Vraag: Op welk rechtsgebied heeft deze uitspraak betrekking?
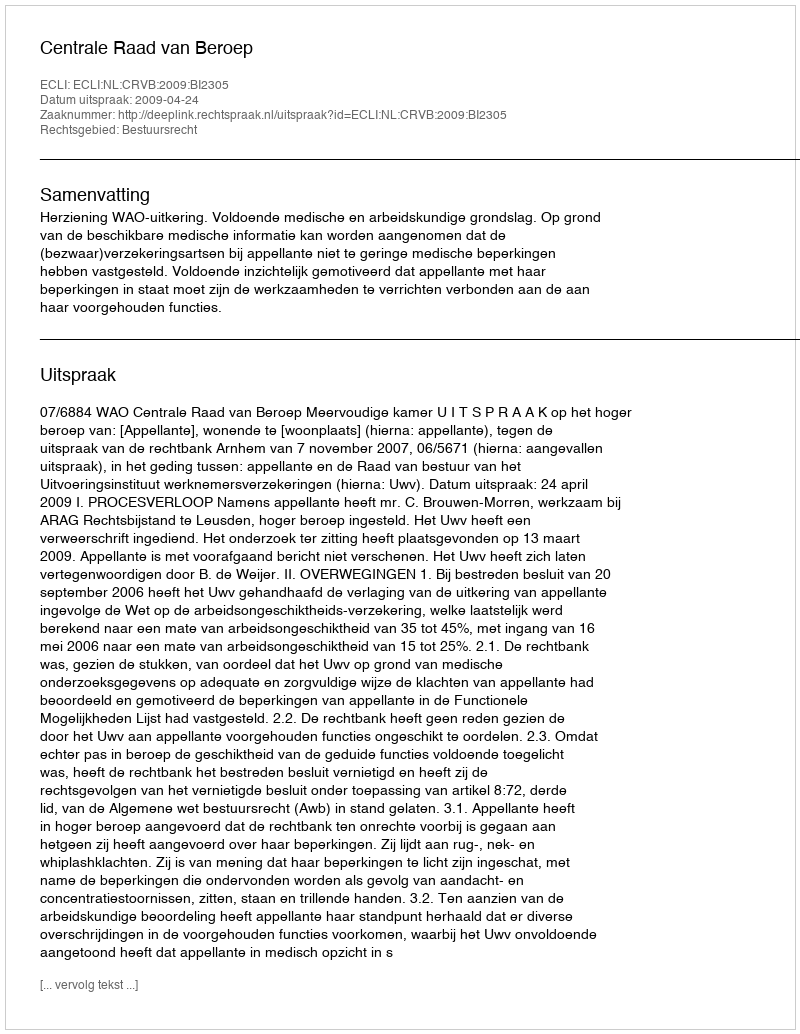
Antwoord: Bestuursrecht